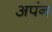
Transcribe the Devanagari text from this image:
अपंन